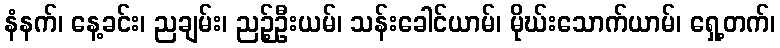
နံနက်၊ နေ့ခင်း၊ ညချမ်း၊ ညဉ့်ဦးယမ်၊ သန်းခေါင်ယာမ်၊ မိုဃ်းသောက်ယာမ်၊ ရှေ့တက်၊